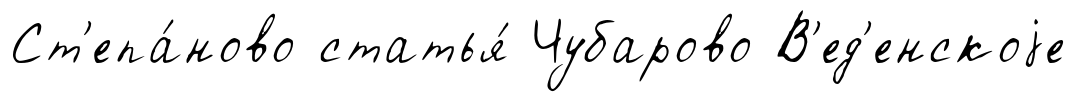
Ст'епа́ново статья́ Чубарово В'ед'енскоjе